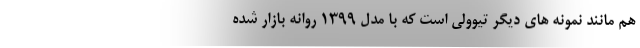
هم مانند نمونه های دیگر تیوولی است که با مدل ۱۳۹۹ روانه بازار شده